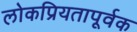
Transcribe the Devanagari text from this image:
लोकप्रियतापूर्वक